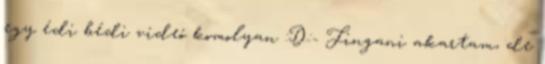
egy édi bédi videó komolyan :D:- Fingani akartam, de